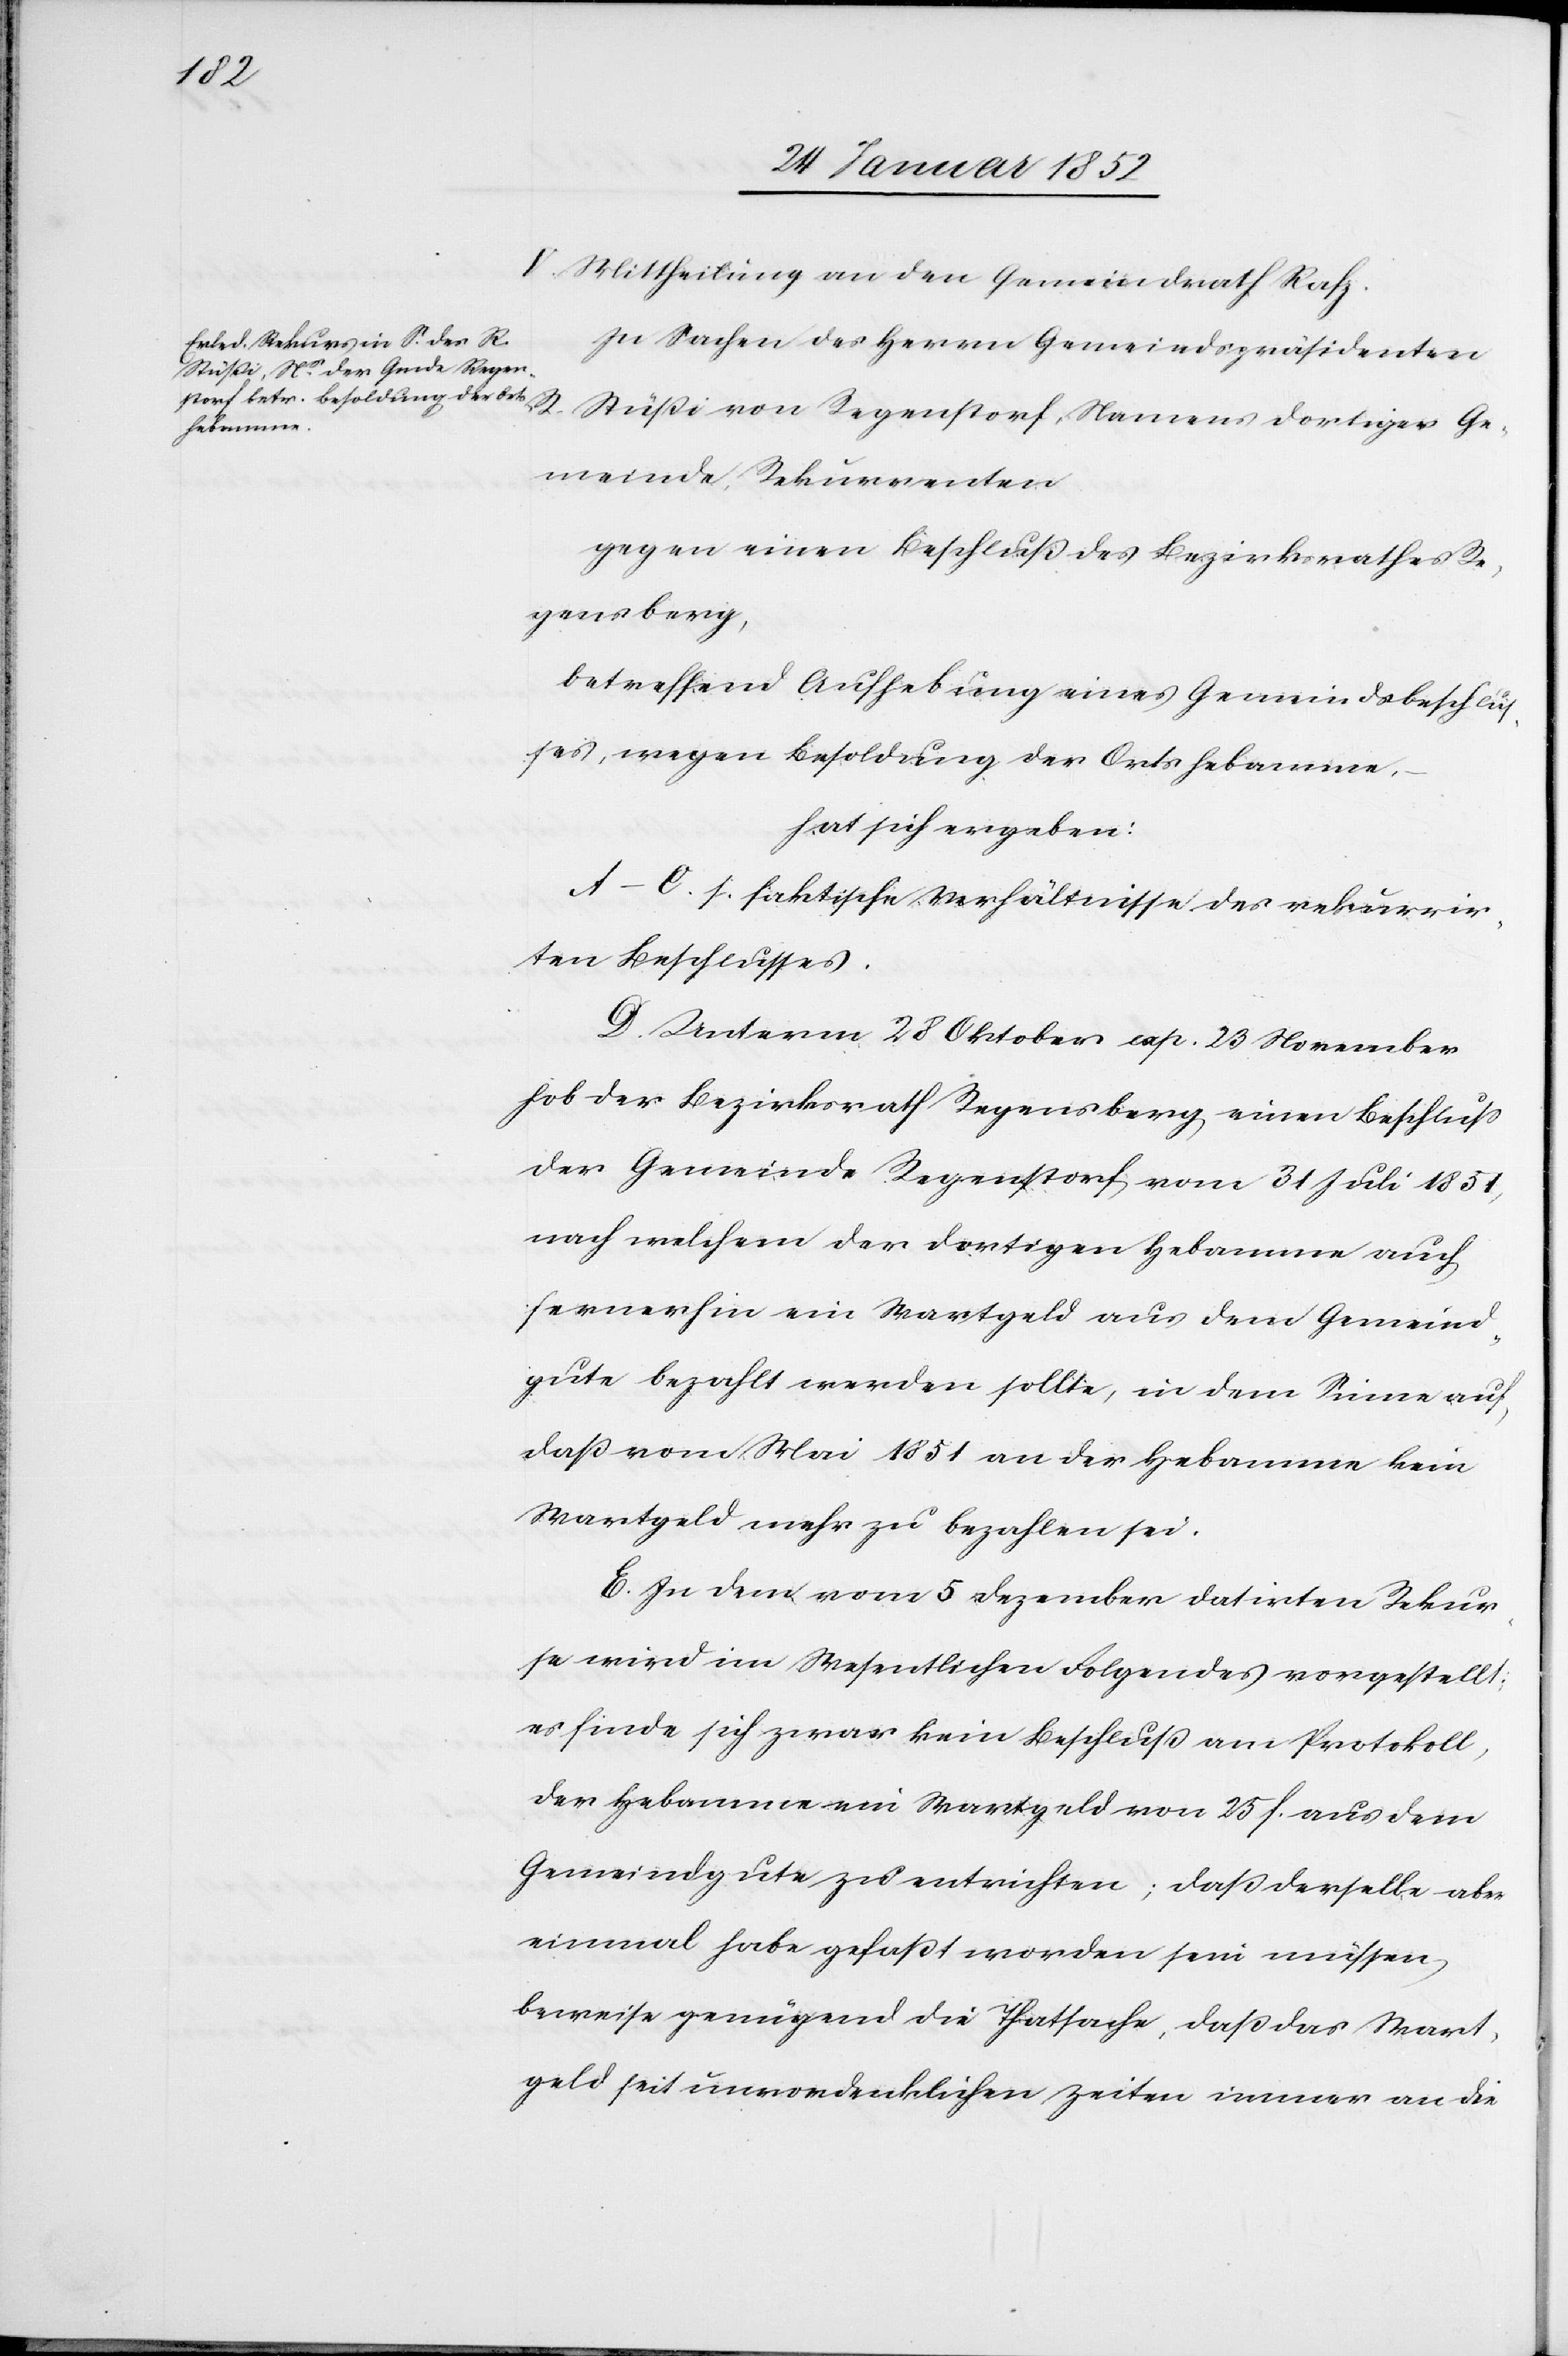
V. Mittheilung an den Gemeindrath Rafz.
In Sachen des Herrn Gemeindspräsidenten
Stüßi von Regenstorf, Namens dortiger Ge¬
meinde, Rekurrenten
gegen einen Beschluß des Bezirksrathes Re¬
gensberg,
betreffend Aufhebung eines Gemeindsbeschlu¬
ßes, wegen Besoldung der Ortshebamme,
R.
hat sich ergeben:
A–C. s. faktische Verhältnisse des rekurrir¬
ten Beschlusses.
D. Unterm 28 Oktober cap. 23 November
hob der Bezirksrath Regensberg einen Beschluß
der Gemeinde Regenstorf vom 31 Juli 1851,
nach welchem der dortigen Hebamme auch
fernerhin ein Wartgeld aus dem Gemeind¬
gute bezahlt werden sollte, in dem Sinne auch
daß von Mai 1851 an der Hebamme kein
Wartgeld mehr zu bezahlen sei.
E. In dem vom 5 Dezember datirten Rekur¬
se wird im Wesentlichen Folgendes vorgestellt:
es finde sich zwar kein Beschluß am Protokoll,
der Hebamme ein Wartgeld von 25 f. aus dem
Gemeindgute zu entrichten; daß derselbe aber
einmal habe gefaßt worden sein müssen,
beweise genügend die Thatsache, daß das Wart¬
geld seit unvordenklichen Zeiten immer an die